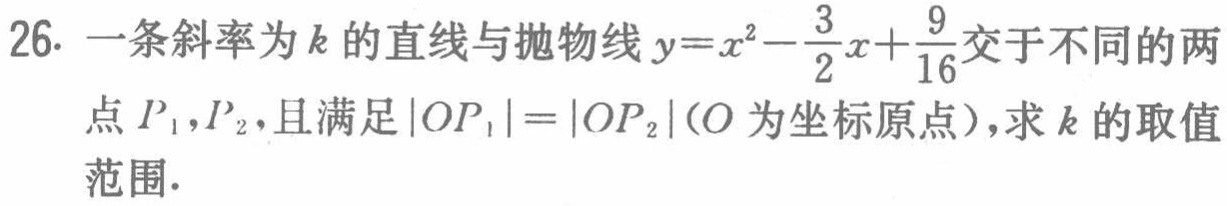
26. 一条斜率为\(k\)的直线与抛物线\(y = x^{2}-\frac{3}{2}x+\frac{9}{16}\)交于不同的两点\(P_{1},P_{2}\)，且满足\(\vert OP_{1}\vert=\vert OP_{2}\vert\)（\(O\)为坐标原点），求\(k\)的取值范围.